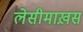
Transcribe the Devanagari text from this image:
लेसीमाख़स